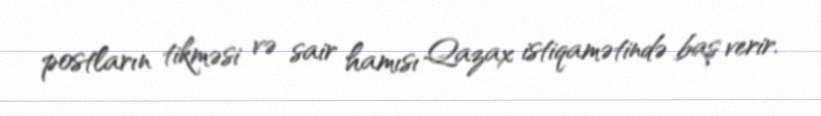
postların tikməsi və sair hamısı Qazax istiqamətində baş verir.